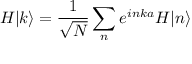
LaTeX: H | k \rangle = { \frac { 1 } { \sqrt { N } } } \sum _ { n } e ^ { i n k a } H | n \rangle